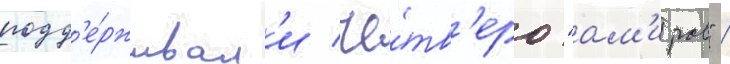
подд'е́рживал'и че́тв'еро "ам'иров" /